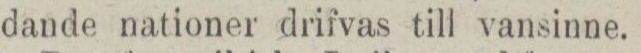
dande nationer drifvas till vansinne.